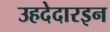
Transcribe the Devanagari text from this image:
उहदेदारइन